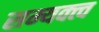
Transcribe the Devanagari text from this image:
सम्यक्त्व